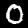
Digit: 0